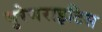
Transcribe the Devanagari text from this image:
युरेथराइटिस